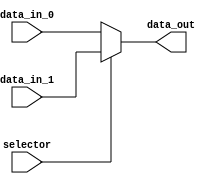
module mux2_1_6(selector, data_in_0, data_in_1, data_out);
   input     selector;
   input [5:0]  data_in_0;
   input [5:0]  data_in_1;
   output [5:0] data_out;
   
   assign data_out = (selector == 1'b0) ? data_in_0 :  
                     data_in_1;
   
endmodule